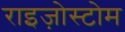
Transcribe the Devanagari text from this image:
राइज़ोस्टोम